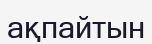
ақпайтын